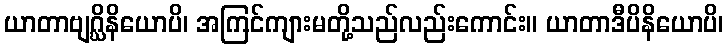
ယာတာဗျဂ္ဃိနိယောပိ၊ အကြင်ကျားမတို့သည်လည်းကောင်း။ ယာတာဒီပိနိယောပိ၊